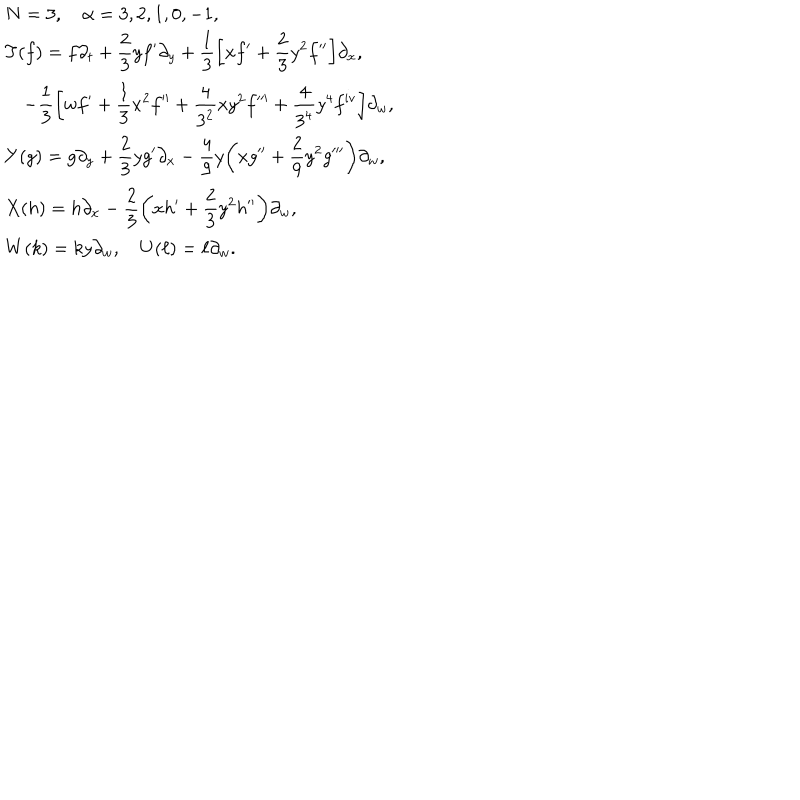
\begin{array} { l } { { N = 3 , \quad \alpha = 3 , 2 , 1 , 0 , - 1 , } } \\ { { \displaystyle T ( f ) = f \partial _ { t } + \frac { 2 } { 3 } y f ^ { \prime } \partial _ { y } + \frac { 1 } { 3 } \biggl [ x f ^ { \prime } + \frac { 2 } { 3 } y ^ { 2 } f ^ { \prime \prime } \biggr ] \partial _ { x } , } } \\ { { \displaystyle \quad - \frac { 1 } { 3 } \biggl [ w f ^ { \prime } + \frac { 1 } { 3 } x ^ { 2 } f ^ { \prime \prime } + \frac { 4 } { 3 ^ { 2 } } x y ^ { 2 } f ^ { \prime \prime \prime } + \frac { 4 } { 3 ^ { 4 } } y ^ { 4 } f ^ { \mathrm { i v } } \biggr ] \partial _ { w } , } } \\ { { \displaystyle Y ( g ) = g \partial _ { y } + \frac { 2 } { 3 } y g ^ { \prime } \partial _ { x } - \frac { 4 } { 9 } y \biggl ( x g ^ { \prime \prime } + \frac { 2 } { 9 } y ^ { 2 } g ^ { \prime \prime \prime } \biggr ) \partial _ { w } , } } \\ { { \displaystyle X ( h ) = h \partial _ { x } - \frac { 2 } { 3 } \biggl ( x h ^ { \prime } + \frac { 2 } { 3 } y ^ { 2 } h ^ { \prime \prime } \biggr ) \partial _ { w } , } } \\ { { W ( k ) = k y \partial _ { w } , \quad U ( \ell ) = \ell \partial _ { w } . } } \\ \end{array}